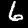
Label: 6